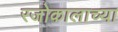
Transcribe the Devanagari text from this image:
रजोकालाच्या